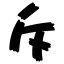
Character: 斥